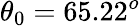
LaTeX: \theta_{0}=65.22^{o}